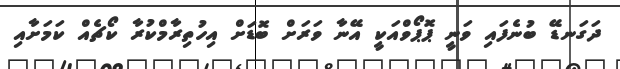
ދަގަނޑޭ ބުނެފައި ވަނީ ޕޮޕޯވްއަކީ އޭނާ ވަރަށް ބޮޑަށް އިހުތިރާމްކުރާ ކޯޗެއް ކަމަށާއި